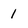
Character: 1